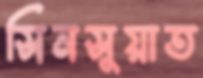
সিনসুয়াত